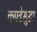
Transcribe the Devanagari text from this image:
कपडेसुद्धा